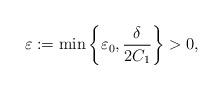
LaTeX: \begin{align*} \varepsilon := \min\bigg\{\varepsilon_0,\frac{\delta}{2C_1}\bigg\} > 0,\end{align*}